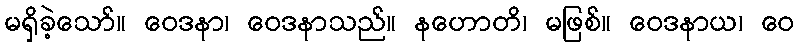
မရှိခဲ့သော်။ ဝေဒနာ၊ ဝေဒနာသည်။ နဟောတိ၊ မဖြစ်။ ဝေဒနာယ၊ ဝေ